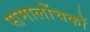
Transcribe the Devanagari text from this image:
समालोंचकों